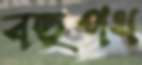
বহুপথ